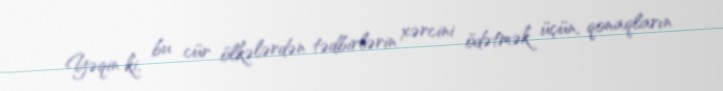
Yəqin ki, bu cür ölkələrdən tədbirlərin xərcini ödətmək üçün, qonaqların